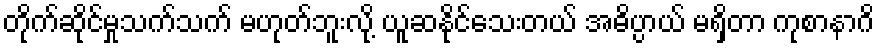
တိုက်ဆိုင်မှုသက်သက် မဟုတ်ဘူးလို့ ယူဆနိုင်သေးတယ် အဓိပ္ပာယ် မရှိတာ ကုစာနာဂိ